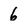
Character: 6